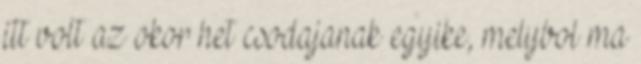
itt volt az okor het csodajanak egyike, melybol ma